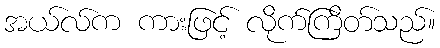
အယ်လ်က ကားဖြင့် လိုက်ကြိတ်သည်။